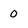
Character: 0